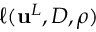
\ell ( { \mathbf { u } } ^ { L } , { D } , \rho )